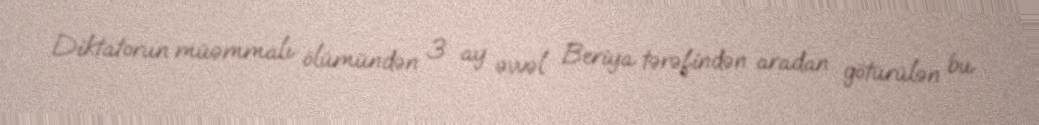
Diktatorun müəmmalı ölümündən 3 ay əvvəl Beriya tərəfindən aradan götürülən bu